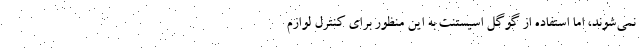
نمی‌شوند، اما استفاده از گوگل اسیستنت به این منظور برای کنترل لوازم